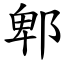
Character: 郫